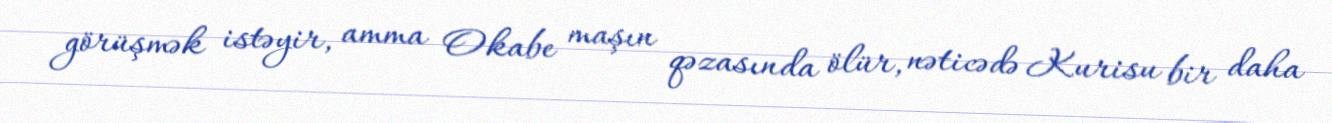
görüşmək istəyir, amma Okabe maşın qəzasında ölür, nəticədə Kurisu bir daha